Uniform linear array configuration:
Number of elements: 32
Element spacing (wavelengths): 0.25
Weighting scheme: hamming
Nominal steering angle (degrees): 15
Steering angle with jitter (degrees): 15.795
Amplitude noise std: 0.05
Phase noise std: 0.05

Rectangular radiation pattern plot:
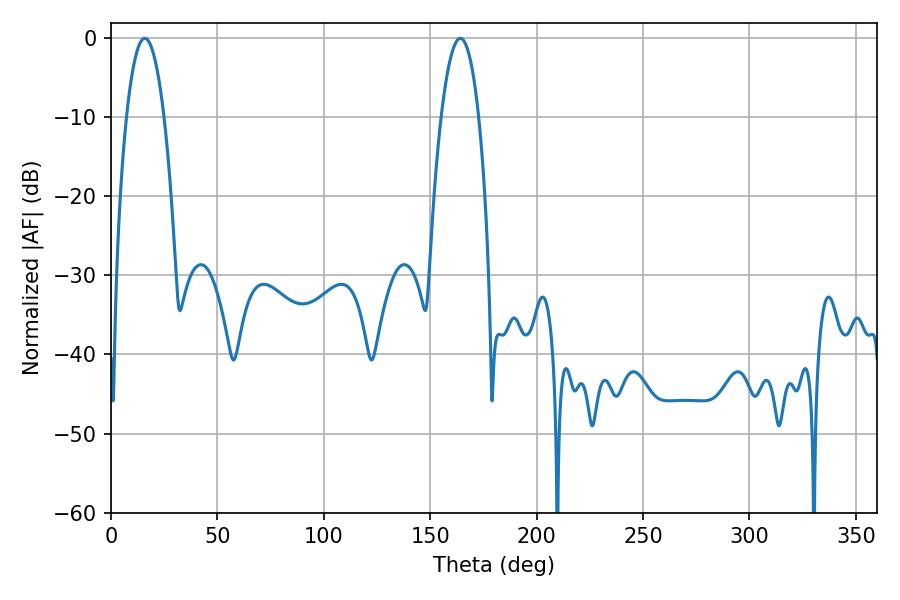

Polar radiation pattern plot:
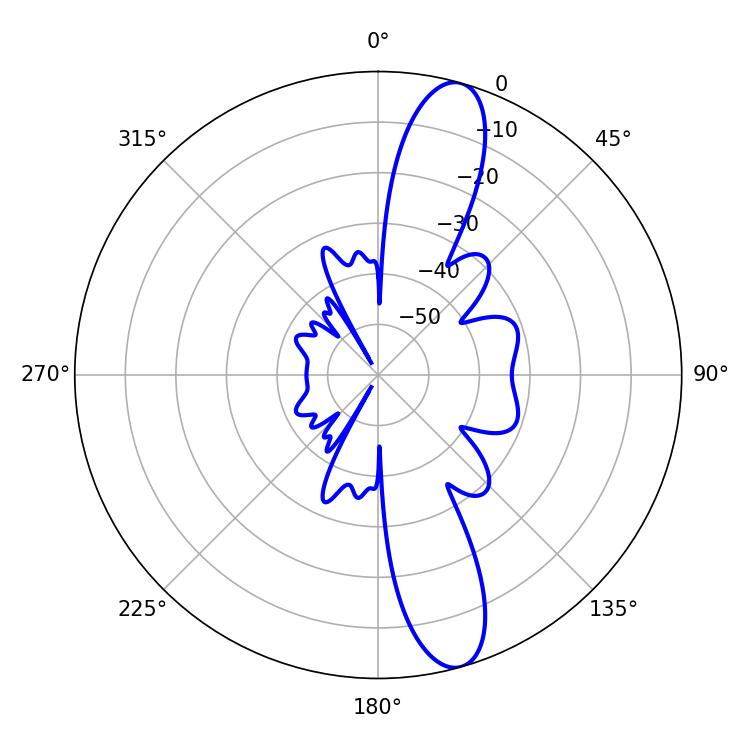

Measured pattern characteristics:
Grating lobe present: FALSE
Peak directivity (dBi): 12.957
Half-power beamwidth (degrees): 9.9
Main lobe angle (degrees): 15.84